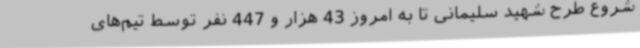
شروع طرح شهید سلیمانی تا به امروز 43 هزار و 447 نفر توسط تیم‌های